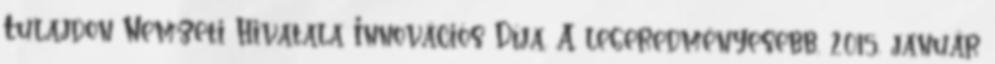
Tulajdon Nemzeti Hivatala Innovációs Díja. A legeredményesebb, 2015. január